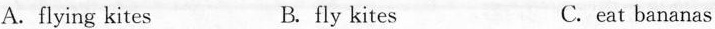
A.flying kites B. fly kites C. eat bananas